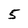
Character: 5